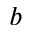
^ b